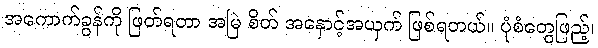
အကောက်ခွန်ကို ဖြတ်ရတာ အမြဲ စိတ် အနှောင့်အယှက် ဖြစ်ရတယ်။ ပုံစံတွေဖြည့်၊